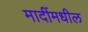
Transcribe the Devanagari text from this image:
मादींमधील